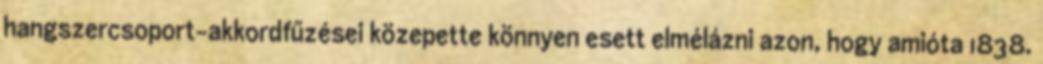
hangszercsoport-akkordfűzései közepette könnyen esett elmélázni azon, hogy amióta 1838.